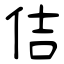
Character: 佶